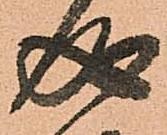
成